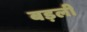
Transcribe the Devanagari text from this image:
बड़ली